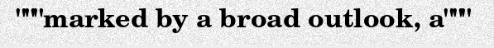
"""marked by a broad outlook, a"""